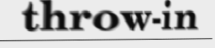
throw-in